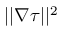
| | \nabla \tau | | ^ { 2 }